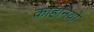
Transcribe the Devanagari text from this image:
काहनियों